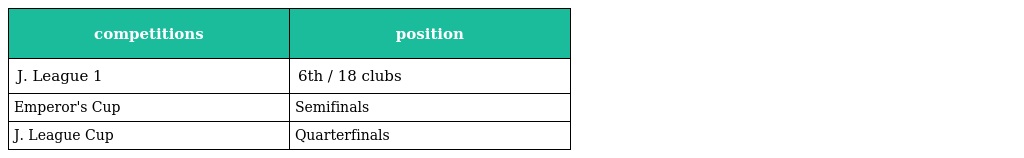
| competitions | position |
 | --- | --- |
 | J. League 1 | 6th / 18 clubs |
 | Emperor's Cup | Semifinals |
 | J. League Cup | Quarterfinals |